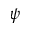
\psi